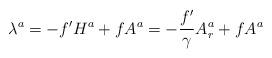
LaTeX: \begin{align*}\lambda^a = -f' H^a + f A^a = -{f'\over \gamma}A^a_r + f A^a\end{align*}